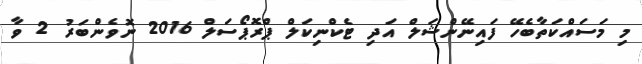
މި މަސައްކަތާބެހޭ ފައިނޭންޝަލް އަދި ޓެކްނިކަލް ޕްރޮޕޯސަލް 2016 ނޮވެންބަރު 2 ވާ